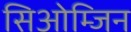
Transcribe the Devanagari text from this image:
सिओम्जिन